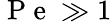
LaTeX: \mathrm{~P~e~}\gg 1